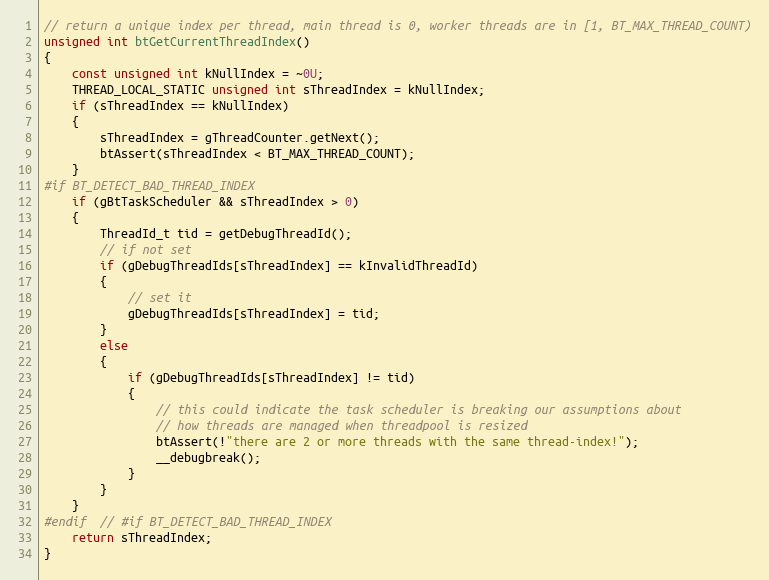
Language: C++
// return a unique index per thread, main thread is 0, worker threads are in [1, BT_MAX_THREAD_COUNT)
unsigned int btGetCurrentThreadIndex()
{
	const unsigned int kNullIndex = ~0U;
	THREAD_LOCAL_STATIC unsigned int sThreadIndex = kNullIndex;
	if (sThreadIndex == kNullIndex)
	{
		sThreadIndex = gThreadCounter.getNext();
		btAssert(sThreadIndex < BT_MAX_THREAD_COUNT);
	}
#if BT_DETECT_BAD_THREAD_INDEX
	if (gBtTaskScheduler && sThreadIndex > 0)
	{
		ThreadId_t tid = getDebugThreadId();
		// if not set
		if (gDebugThreadIds[sThreadIndex] == kInvalidThreadId)
		{
			// set it
			gDebugThreadIds[sThreadIndex] = tid;
		}
		else
		{
			if (gDebugThreadIds[sThreadIndex] != tid)
			{
				// this could indicate the task scheduler is breaking our assumptions about
				// how threads are managed when threadpool is resized
				btAssert(!"there are 2 or more threads with the same thread-index!");
				__debugbreak();
			}
		}
	}
#endif  // #if BT_DETECT_BAD_THREAD_INDEX
	return sThreadIndex;
}